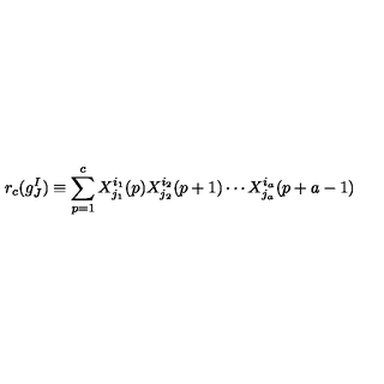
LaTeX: r _ { c } ( g _ { J } ^ { I } ) \equiv \sum _ { p = 1 } ^ { c } X _ { j _ { 1 } } ^ { i _ { 1 } } ( p ) X _ { j _ { 2 } } ^ { i _ { 2 } } ( p + 1 ) \cdots X _ { j _ { a } } ^ { i _ { a } } ( p + a - 1 )